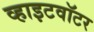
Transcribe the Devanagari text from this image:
व्हाइटवॉटर